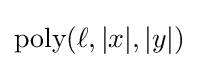
{\text{poly}}(\ell ,|x|,|y|)